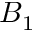
B _ { 1 }